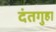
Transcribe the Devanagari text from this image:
दंतगुहा